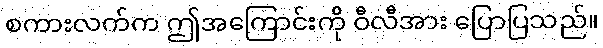
စကားလက်က ဤအကြောင်းကို ဝီလီအား ပြောပြသည်။